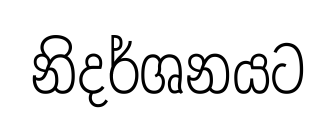
නිදර්ශනයට